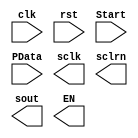
module     LEDP2S(input wire clk,						//parallel to serial
						input wire rst,
						input wire Start,
						input wire[DATA_BITS-1:0] PData,
						output wire sclk,
						output wire sclrn,
						output wire sout,
						output reg  EN
						);
						
parameter
	DATA_BITS = 16,  											// data length
	DATA_COUNT_BITS = 4,										// data shift bits
	DIR = 0;														// Shift direction =0
		
endmodule